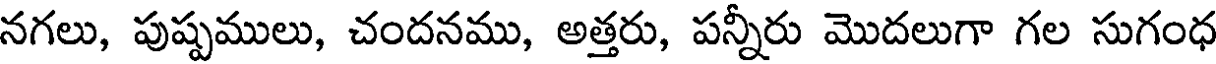
నగలు, పుష్పములు, చందనము, అత్తరు, పన్నీరు మొదలుగా గల సుగంధ